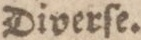
Diverſe.